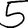
Digit: 5